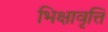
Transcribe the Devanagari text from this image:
भिक्षावृत्ति